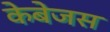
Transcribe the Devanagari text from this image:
केबेजस